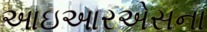
આઇઆરએસના